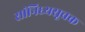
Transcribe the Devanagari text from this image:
सांनिध्यसूचक